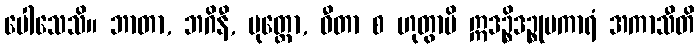
ပေါသေသိ။ ဘာတာ, ဘဂိနီ, ပုတ္တော, ဓီတာ စ ဟုတွာပိ ဣဒဉ္စိဒဉ္စုပကာရံ အကာသီတိ